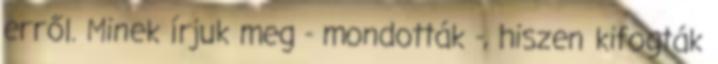
erről. Minek írjuk meg - mondották -, hiszen kifogták